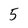
Character: 5